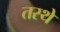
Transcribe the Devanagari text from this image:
तस्थे